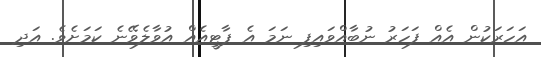
އަހަރަކުން އެއް ފަހަރު ނުބާއްވައިފި ނަމަ އެ ޕާޓީއެއް އުވާލެވޭނެ ކަމަށެވެ. އަދި